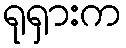
ရုရှားက